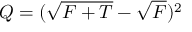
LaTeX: Q = ( { \sqrt { F + T } } - { \sqrt { F } } ) ^ { 2 }